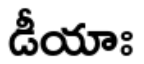
డీయాః